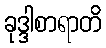
ခုဒ္ဒါစာရာတိ